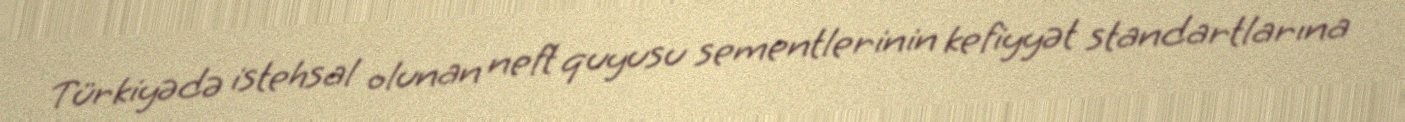
Türkiyədə istehsal olunan neft quyusu sementlerinin kefiyyət standartlarına